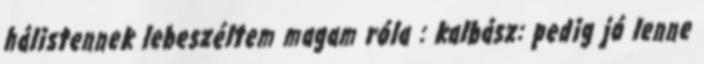
hálistennek lebeszéltem magam róla : kalbász: pedig jó lenne